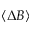
\langle \Delta B \rangle